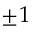
\pm 1